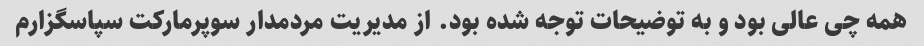
همه چی عالی بود و به توضیحات توجه شده بود. از مدیریت مردمدار سوپرمارکت سپاسگزارم